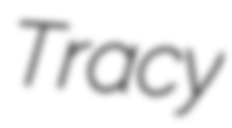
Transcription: Tracy